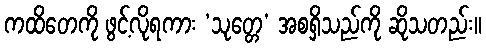
ကထိတေကို ဖွင့်လိုရကား ‘သုတ္တေ’ အစရှိသည်ကို ဆိုသတည်း။